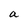
Character: a